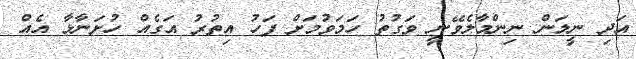
އަދި ނީލަން ނިންމާލެވޭނީ ވަގުތު ހަމަވުމަށް ފަހު އިތުރު އަގެއް ހުށަނާޅާ އެއް